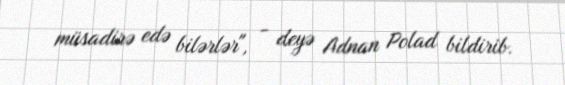
müsadirə edə bilərlər", - deyə Adnan Polad bildirib.